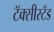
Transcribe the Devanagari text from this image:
टॅक्सीस्टँड